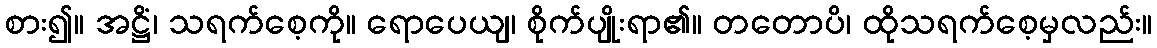
စား၍။ အဋ္ဌိံ၊ သရက်စေ့ကို။ ရောပေယျ၊ စိုက်ပျိုးရာ၏။ တတောပိ၊ ထိုသရက်စေ့မှလည်း။